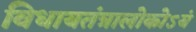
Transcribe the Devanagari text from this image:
विधायतंत्रालोकोऽयं